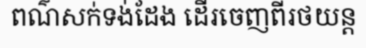
ពណ៌សក់ទង់ដែង ដើរចេញពីរថយន្ត